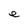
Character: e